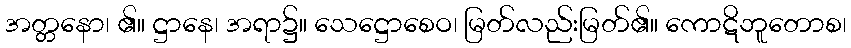
အတ္တနော၊ ၏။ ဋ္ဌာနေ၊ အရာ၌။ သေဋ္ဌောစေဝ၊ မြတ်လည်းမြတ်၏။ ကောဋိဘူတောစ၊